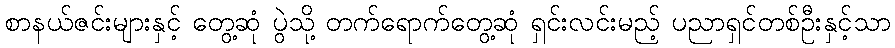
စာနယ်ဇင်းများနှင့် တွေ့ဆုံ ပွဲသို့ တက်ရောက်တွေ့ဆုံ ရှင်းလင်းမည့် ပညာရှင်တစ်ဦးနှင့်သာ